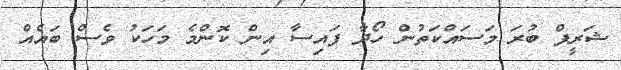
ޝަރީފް ބުރަ މަސައްކަތުން ހޯދާ ފައިސާ އިން ކޮންމެ މަހަކު ވެސް ބައެއް